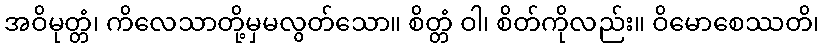
အဝိမုတ္တံ၊ ကိလေသာတို့မှမလွတ်သော။ စိတ္တံ ဝါ၊ စိတ်ကိုလည်း။ ဝိမောစေဿတိ၊